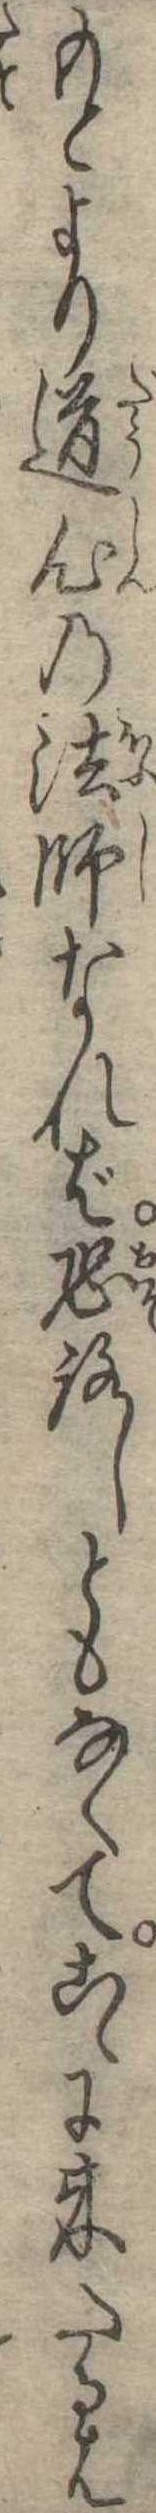
もとより道心の法師なれば恐ろしともなくてこゝに来たるは